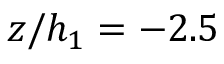
z / h _ { 1 } = - 2 . 5